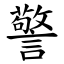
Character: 警